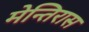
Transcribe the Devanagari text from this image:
मेन्तिरास